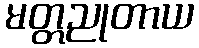
မတ္တညုတာယ